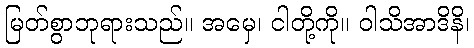
မြတ်စွာဘုရားသည်။ အမှေ၊ ငါတို့ကို။ ဝါသိအာဒိနိ၊